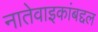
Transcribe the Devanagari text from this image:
नातेवाइकांबद्दल